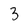
Character: 3